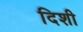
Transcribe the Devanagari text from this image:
दिशी